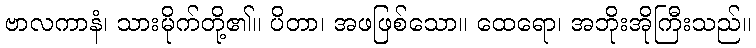
ဗာလကာနံ၊ သားမိုက်တို့၏။ ပိတာ၊ အဖဖြစ်သော။ ထေရော၊ အဘိုးအိုကြီးသည်။